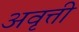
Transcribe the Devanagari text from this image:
अवृत्ती